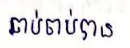
ឆាប់ចាប់បាន